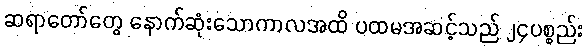
ဆရာတော်တွေ နောက်ဆုံးသောကာလအထိ ပထမအဆင့်သည် ၂၄ပစ္စည်း